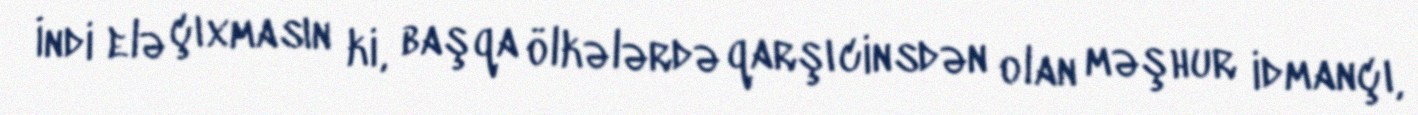
İndi elə çıxmasın ki, başqa ölkələrdə qarşı cinsdən olan məşhur idmançı,